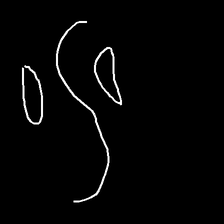
Glyph: water